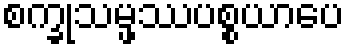
စက္ခုသမ္ဖဿပစ္စယာပေ